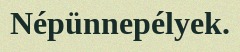
Népünnepélyek.